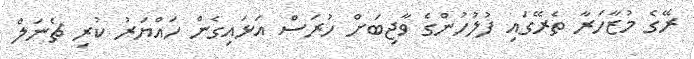
ރޭގެ މުޒާހަރާ ތެރޭގައި ފުލުހުންގެ ވާޖިބަށް ހުރަސް އަޅައިގެން ހައްޔަރު ކުރި ޗެނަލް